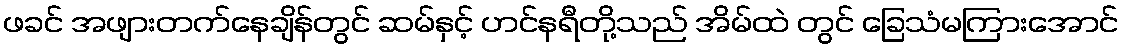
ဖခင် အဖျားတက်နေချိန်တွင် ဆမ်နှင့် ဟင်နရီတို့သည် အိမ်ထဲ တွင် ခြေသံမကြားအောင်